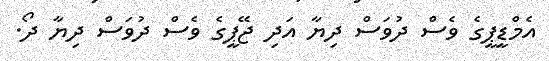
އެމްޑީޕީގެ ވެސް ދުވަސް ދިޔާ އަދި ޖޭޕީގެ ވެސް ދުވަސް ދިޔާ ދޯ.